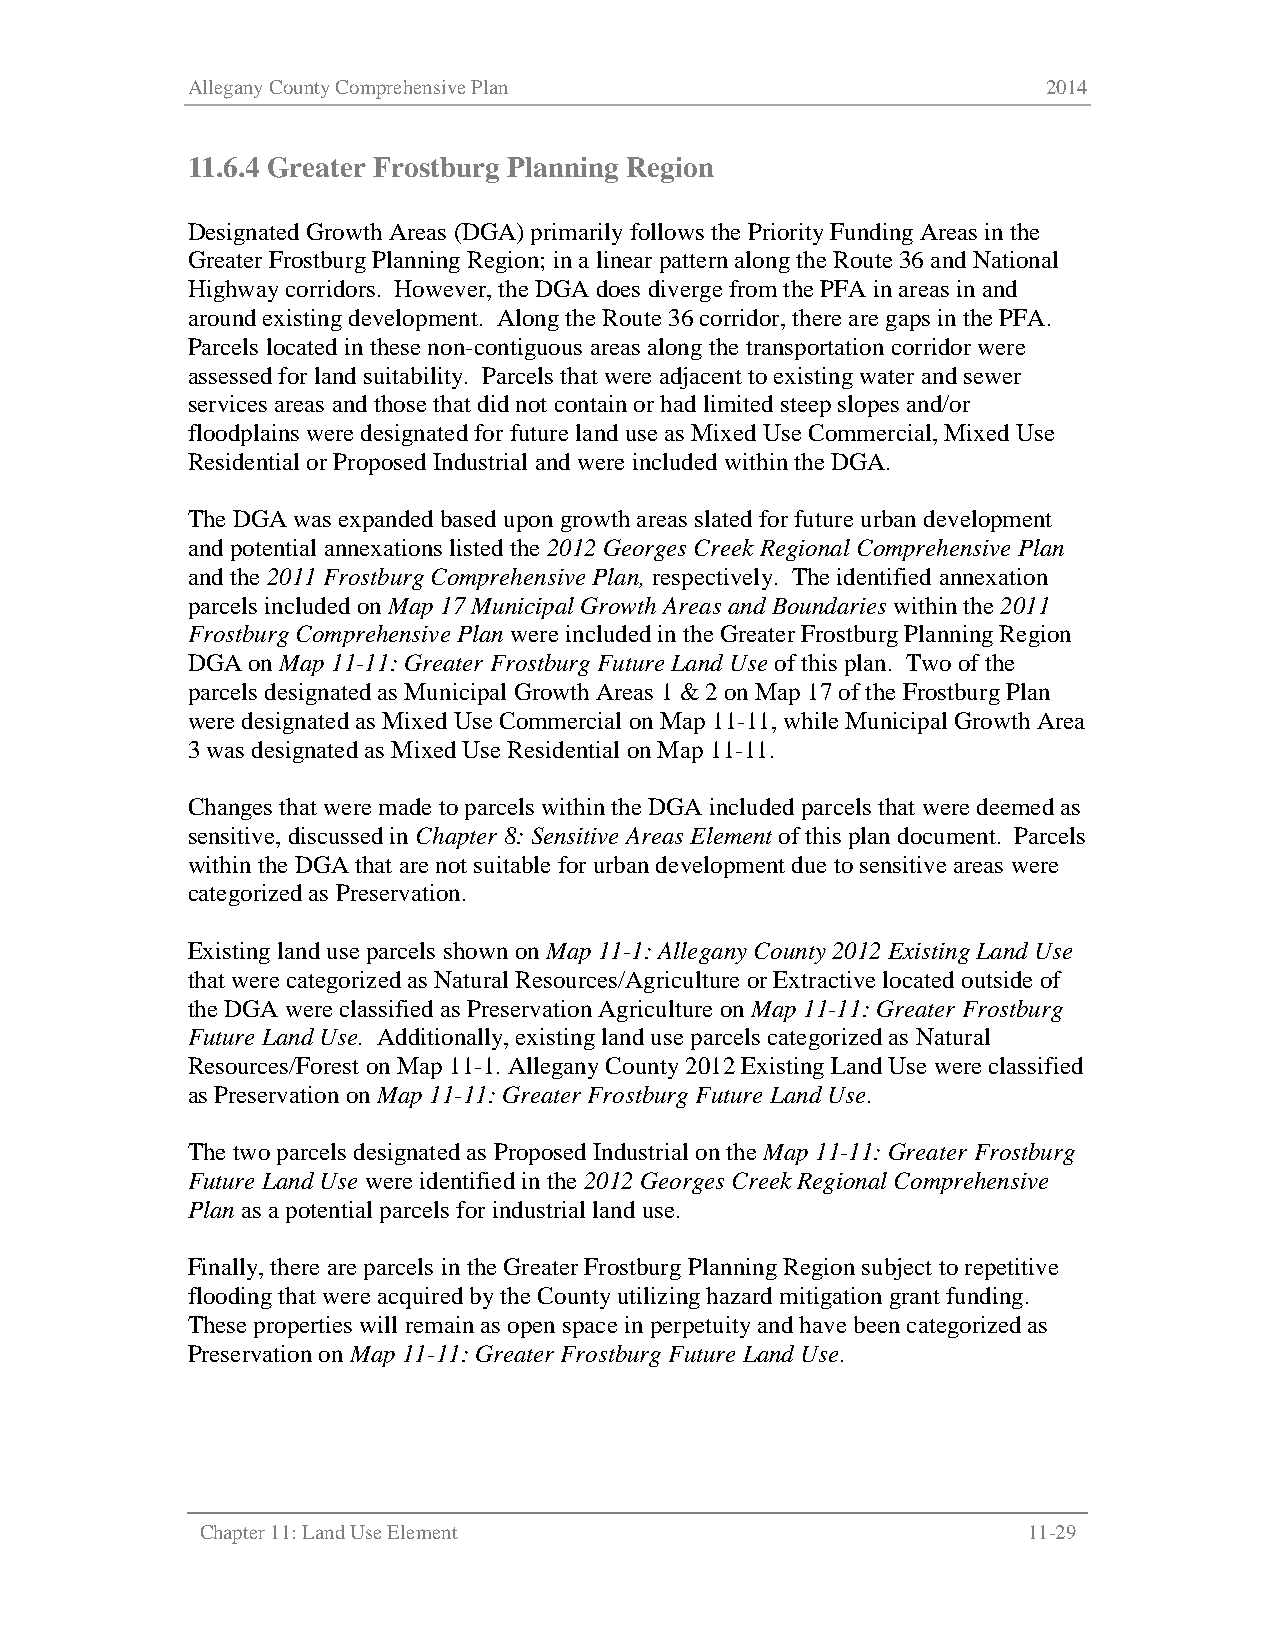
Allegany County Comprehensive Plan                       2014
 11.6.4 Greater Frostburg Planning Region
 Designated Growth Areas (DGA) primarily follows the Priority Funding Areas in the
 Greater Frostburg Planning Region; in a linear pattern along the Route 36 and National
 Highway corridors. However, the DGA does diverge from the PFA in areas in and
 around existing development. Along the Route 36 corridor, there are gaps in the PFA.
 Parcels located in these non-contiguous areas along the transportation corridor were
 assessed for land suitability. Parcels that were adjacent to existing water and sewer
 services areas and those that did not contain or had limited steep slopes and/or
 floodplains were designated for future land use as Mixed Use Commercial, Mixed Use
 Residential or Proposed Industrial and were included within the DGA.
 The DGA was expanded based upon growth areas slated for future urban development
 and potential annexations listed the 2012 Georges Creek Regional Comprehensive Plan
 and the 2011 Frostburg Comprehensive Plan, respectively. The identified annexation
 parcels included on Map 17 Municipal Growth Areas and Boundaries within the 2011
 Frostburg Comprehensive Plan were included in the Greater Frostburg Planning Region
 DGA on Map 11-11: Greater Frostburg Future Land Use of this plan. Two of the
 parcels designated as Municipal Growth Areas 1 & 2 on Map 17 of the Frostburg Plan
 were designated as Mixed Use Commercial on Map 11-11, while Municipal Growth Area
 3 was designated as Mixed Use Residential on Map 11-11.
 Changes that were made to parcels within the DGA included parcels that were deemed as
 sensitive, discussed in Chapter 8: Sensitive Areas Element of this plan document. Parcels
 within the DGA that are not suitable for urban development due to sensitive areas were
 categorized as Preservation.
 Existing land use parcels shown on Map 11-1: Allegany County 2012 Existing Land Use
 that were categorized as Natural Resources/Agriculture or Extractive located outside of
 the DGA were classified as Preservation Agriculture on Map 11-11: Greater Frostburg
 Future Land Use. Additionally, existing land use parcels categorized as Natural
 Resources/Forest on Map 11-1. Allegany County 2012 Existing Land Use were classified
 as Preservation on Map 11-11: Greater Frostburg Future Land Use.
 The two parcels designated as Proposed Industrial on the Map 11-11: Greater Frostburg
 Future Land Use were identified in the 2012 Georges Creek Regional Comprehensive
 Plan as a potential parcels for industrial land use.
 Finally, there are parcels in the Greater Frostburg Planning Region subject to repetitive
 flooding that were acquired by the County utilizing hazard mitigation grant funding.
 These properties will remain as open space in perpetuity and have been categorized as
 Preservation on Map 11-11: Greater Frostburg Future Land Use.
 Chapter 11: Land Use Element                           11-29